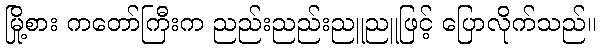
မြို့စား ကတော်ကြီးက ညည်းညည်းညူညူဖြင့် ပြောလိုက်သည်။